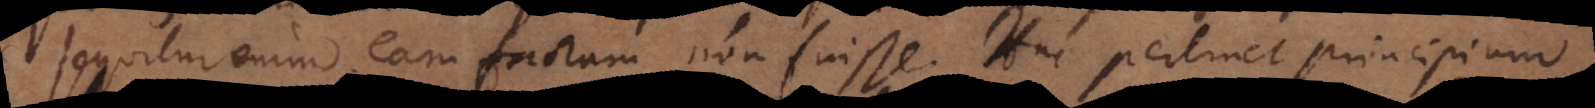
sequitur enim eam factam non fuisse. Huc pertinet principium